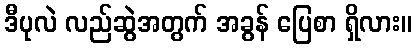
ဒီပုလဲ လည်ဆွဲအတွက် အခွန် ပြေစာ ရှိလား။